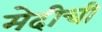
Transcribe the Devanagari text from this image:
मेदीची